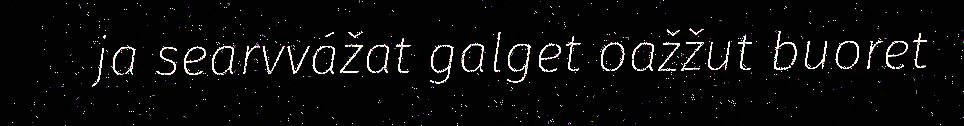
ja searvvážat galget oažžut buoret